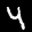
Label: 4